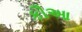
કૌઆ